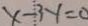
x - 3 y = 0